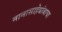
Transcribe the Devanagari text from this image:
नानासाहेबांबाचा